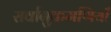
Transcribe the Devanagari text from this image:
सर्वानुक्रमणियाँ